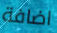
اضافة